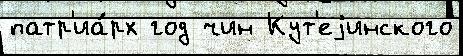
патр'иа́рх год чин Кут'еjинского